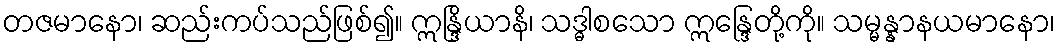
တဇမာနော၊ ဆည်းကပ်သည်ဖြစ်၍။ ဣန္ဒြိယာနိ၊ သဒ္ဓါစသော ဣန္ဒြေတို့ကို။ သမ္မန္နာနယမာနော၊